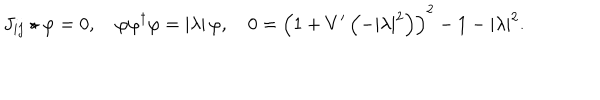
LaTeX: J _ { i j } \star \varphi = 0 , \quad \varphi \varphi ^ { \dagger } \varphi = \left| \lambda \right| \varphi , \quad 0 = \left( 1 + V ^ { \prime } \left( - \left| \lambda \right| ^ { 2 } \right) \right) ^ { 2 } - 1 - \left| \lambda \right| ^ { 2 } .